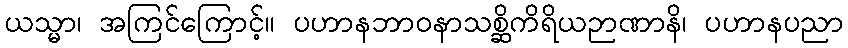
ယသ္မာ၊ အကြင်ကြောင့်။ ပဟာနဘာဝနာသစ္ဆိကိရိယဉာဏာနိ၊ ပဟာနပညာ